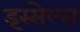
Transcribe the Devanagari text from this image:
इस्सेल्स